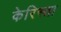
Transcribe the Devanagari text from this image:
केरिस्ता